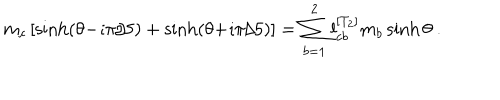
m _ { c } \left[ \sinh ( \theta { - } \imath \pi / 5 ) + \sinh ( \theta { + } \imath \pi / 5 ) \right] = \sum _ { b = 1 } ^ { 2 } l _ { c b } ^ { [ T _ { 2 } ] } m _ { b } \sinh \theta ~ .